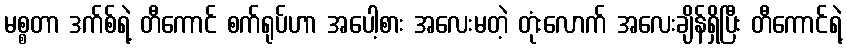
မစ္စတာ ဒက်စ်ရဲ့ တီကောင် စက်ရုပ်ဟာ အပေါ့စား အလေးမတဲ့ တုံးလောက် အလေးချိန်ရှိပြီး တီကောင်ရဲ့